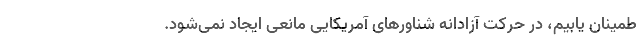
طمینان یابیم، در حرکت آزادانه شناورهای آمریکایی مانعی ایجاد نمی‌شود.